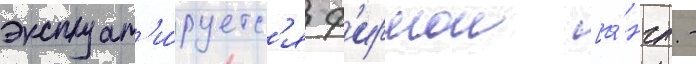
эксплуат'и́руетс'я ф'ирмои [а́нгл. -